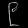
Digit: ၉